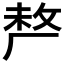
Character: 𠩺